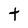
Character: t